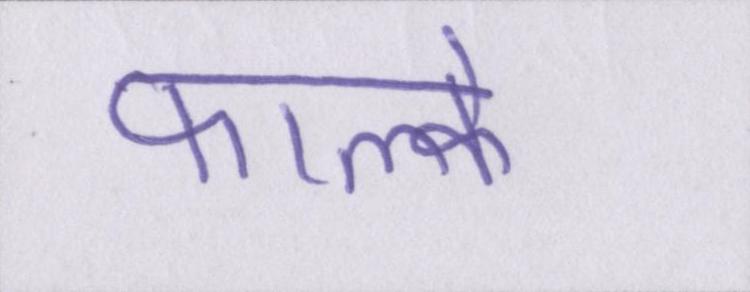
फाल्के